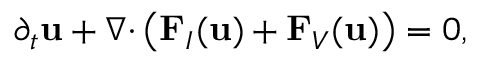
\partial _ { t } \mathbf { u } + \boldsymbol { \nabla } { \cdot } \left( \mathbf { F } _ { I } ( \mathbf { u } ) + \mathbf { F } _ { V } ( \mathbf { u } ) \right) = 0 ,